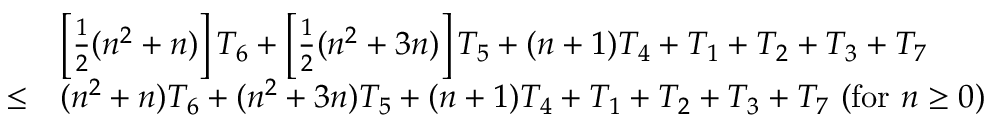
{ \begin{array} { r l } & { \left[ { \frac { 1 } { 2 } } ( n ^ { 2 } + n ) \right] T _ { 6 } + \left[ { \frac { 1 } { 2 } } ( n ^ { 2 } + 3 n ) \right] T _ { 5 } + ( n + 1 ) T _ { 4 } + T _ { 1 } + T _ { 2 } + T _ { 3 } + T _ { 7 } } \\ { \leq } & { ( n ^ { 2 } + n ) T _ { 6 } + ( n ^ { 2 } + 3 n ) T _ { 5 } + ( n + 1 ) T _ { 4 } + T _ { 1 } + T _ { 2 } + T _ { 3 } + T _ { 7 } \ ( { \mathrm { f o r ~ } } n \geq 0 ) } \end{array} }